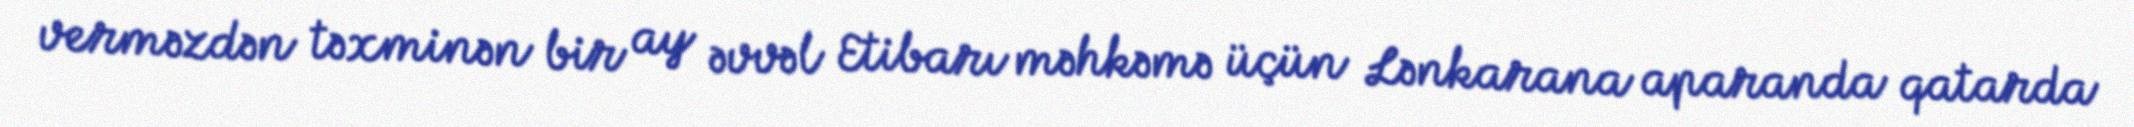
verməzdən təxminən bir ay əvvəl Etibarı məhkəmə üçün Lənkarana aparanda qatarda